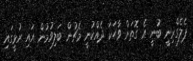
ޕެލެގްރިނީ ބުނީ އެ ގޮތަށް ވާހަކަ ދެއްކުނީ މެޗުން ބަލިވުމުން އައި ރުޅީގައި